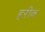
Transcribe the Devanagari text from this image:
हरीक